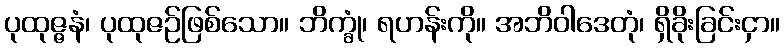
ပုထုဇ္ဇနံ၊ ပုထုဇဉ်ဖြစ်သော။ ဘိက္ခုံ၊ ရဟန်းကို။ အဘိဝါဒေတုံ၊ ရှိခိုးခြင်းငှာ။